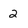
Character: 2